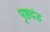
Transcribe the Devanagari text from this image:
पृष्ठदंड